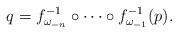
LaTeX: \begin{align*}q = f_{\omega_{-n}}^{-1} \circ \dots \circ f_{\omega_{-1}}^{-1}(p).\end{align*}